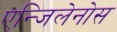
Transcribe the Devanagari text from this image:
एन्जिलेनोस